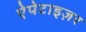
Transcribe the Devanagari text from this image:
ऐपेटाइज़र